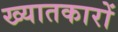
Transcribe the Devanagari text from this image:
ख्यातकारों